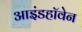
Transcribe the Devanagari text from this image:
आइंडहॉवेन